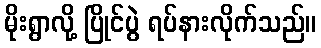
မိုးရွာလို့ ပြိုင်ပွဲ ရပ်နားလိုက်သည်။